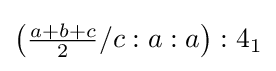
\left({\tfrac {a+b+c}{2}}/c:a:a\right):4_{1}